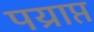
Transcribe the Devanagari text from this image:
पय्राप्त